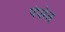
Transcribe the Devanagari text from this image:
पंपरेत